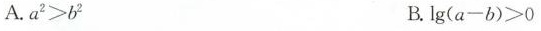
A.a^{2}> b^{2}B.lg(a─b)≥0